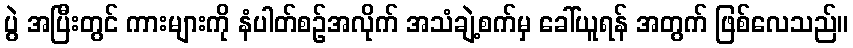
ပွဲ အပြီးတွင် ကားများကို နံပါတ်စဉ်အလိုက် အသံချဲ့စက်မှ ခေါ်ယူရန် အတွက် ဖြစ်လေသည်။